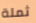
ثملة